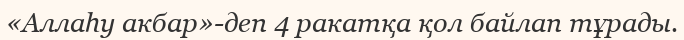
«Аллаһу акбар»-деп 4 ракатқа қол байлап тұрады.